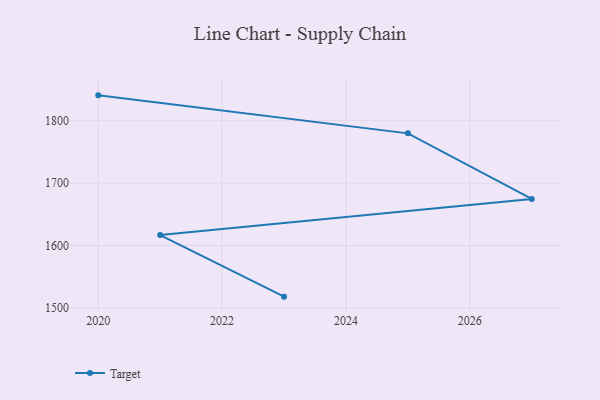
{"axis": {"x": "Year", "y": "Temperature (°C)"}, "legend": ["Target"], "data": [{"x": "2020", "y": 1840.6, "type": "Target"}, {"x": "2025", "y": 1779.7, "type": "Target"}, {"x": "2027", "y": 1674.6, "type": "Target"}, {"x": "2021", "y": 1616.6, "type": "Target"}, {"x": "2023", "y": 1518.0, "type": "Target"}]}